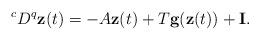
LaTeX: \begin{align*}^{c}D^{q}\mathbf{z}(t)=-A\mathbf{z}(t)+T\mathbf{g}(\mathbf{z}(t))+\mathbf{I}.\end{align*}